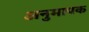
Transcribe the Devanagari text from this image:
अनुमापक